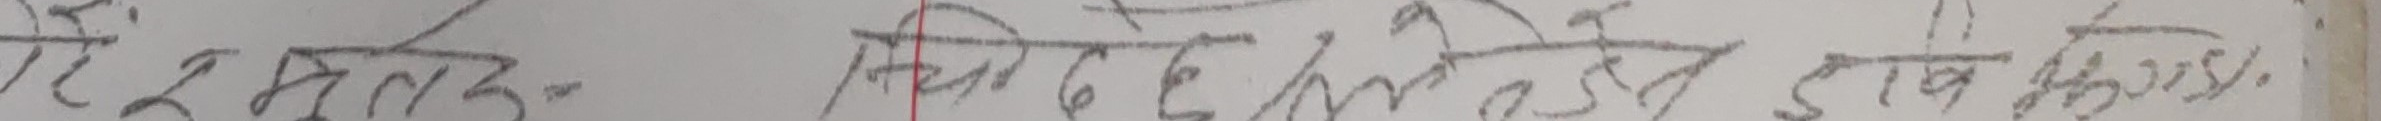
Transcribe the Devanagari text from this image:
नेत्रमल्ल किर्तिरत्न ज्ञवभक्त।